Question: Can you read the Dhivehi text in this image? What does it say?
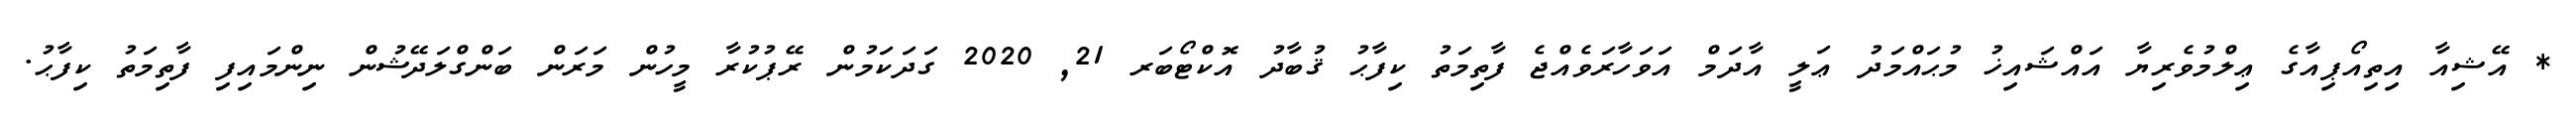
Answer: * އޭޝިއާ އިތިއޯޕިއާގެ ޢިލްމުވެރިޔާ އައްޝައިޚު މުޙައްމަދު ޢަލީ އާދަމް އަވަހާރަވެއްޖެ ފާތިމަތު ކިފާޙު ޤުބާދު އޮކްޓޯބަރ 21, 2020 ގަދަކަމުން ރޭޕުކުރާ މީހުން މަރަން ބަންގްލަދޭޝުން ނިންމައިފި ފާތިމަތު ކިފާޙު.